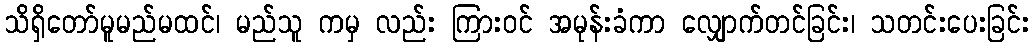
သိရှိတော်မူမည်မထင်၊ မည်သူ ကမှ လည်း ကြားဝင် အမုန်းခံကာ လျှောက်တင်ခြင်း၊ သတင်းပေးခြင်း